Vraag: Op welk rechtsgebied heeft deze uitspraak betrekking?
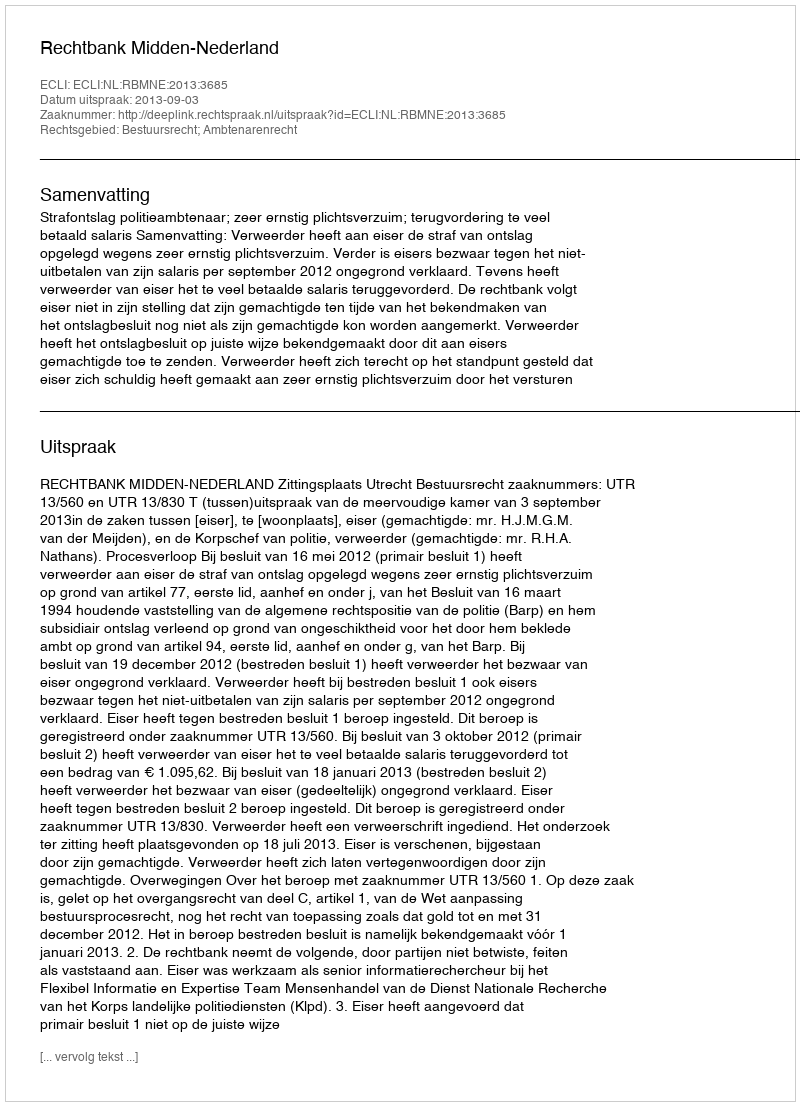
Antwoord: Bestuursrecht; Ambtenarenrecht